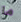
ما